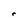
Character: r